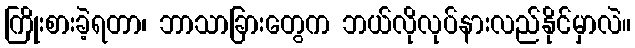
ကြိုးစားခဲ့ရတာ၊ ဘာသာခြားတွေက ဘယ်လိုလုပ်နားလည်နိုင်မှာလဲ။